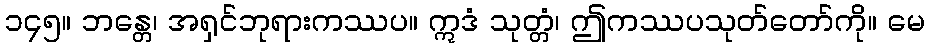
၁၄၅။ ဘန္တေ၊ အရှင်ဘုရားကဿပ။ ဣဒံ သုတ္တံ၊ ဤကဿပသုတ်တော်ကို။ မေ